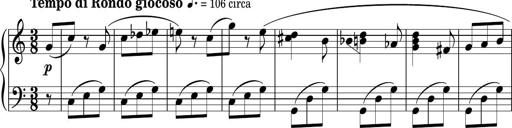
Title: Sonatina PandemÃ³nium
Composer: VÃ­ctor Carbajo
Key: C major